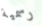
رسمية